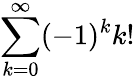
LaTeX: \sum_{k=0}^{\infty}(-1)^{k}k!